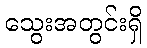
သွေးအတွင်းရှိ